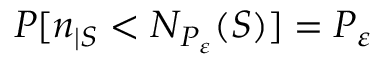
P [ n _ { | S } < N _ { P _ { \varepsilon } } ( S ) ] = P _ { \varepsilon }